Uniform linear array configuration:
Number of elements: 48
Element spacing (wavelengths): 1
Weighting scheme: blackman
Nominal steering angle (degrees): -15
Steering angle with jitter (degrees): -15.736
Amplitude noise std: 0.05
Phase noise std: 0.05

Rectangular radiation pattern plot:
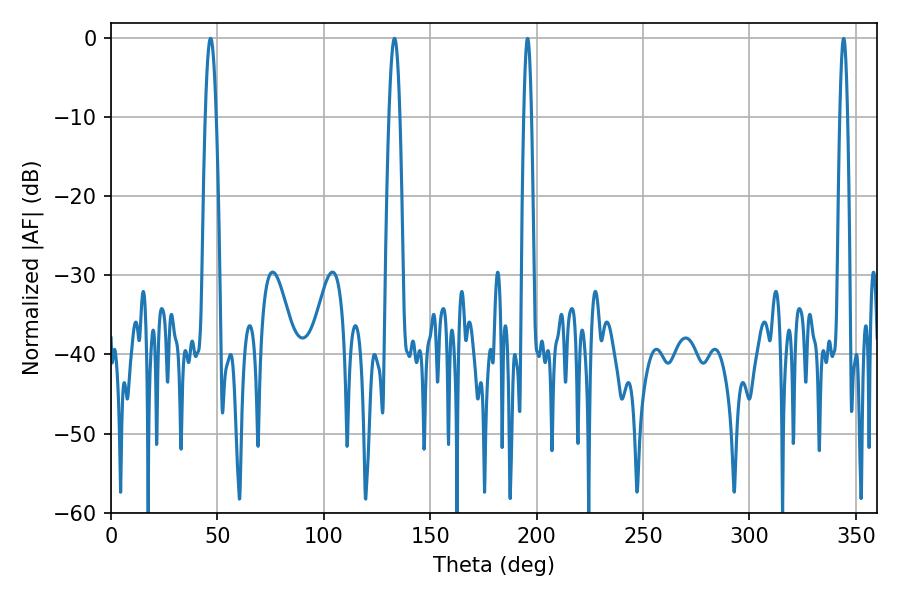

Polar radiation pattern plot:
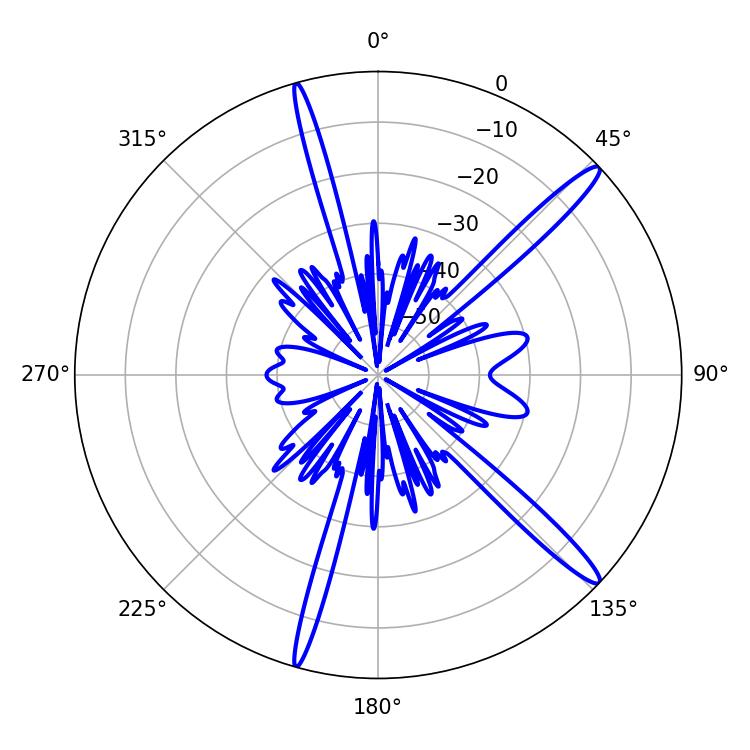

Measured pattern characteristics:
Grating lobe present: TRUE
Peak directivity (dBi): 15.372
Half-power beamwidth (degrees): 2.88
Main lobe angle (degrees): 46.8